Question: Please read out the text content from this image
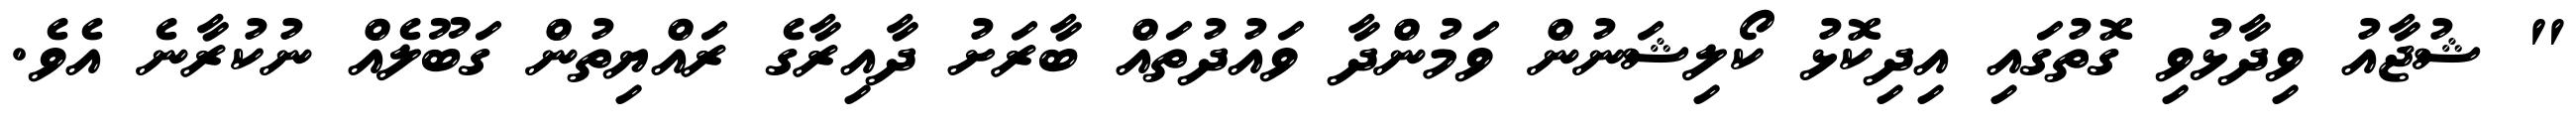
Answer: " ޝުޖާއު ވިދާޅުވި ގޮތުގައި އިދިކޮޅު ކޯލިޝަނުން ވަމުންދާ ވައުދުތައް ބާރަށު ދާއިރާގެ ރައްޔިތުން ގަބޫލެއް ނުކުރާނެ އެވެ.